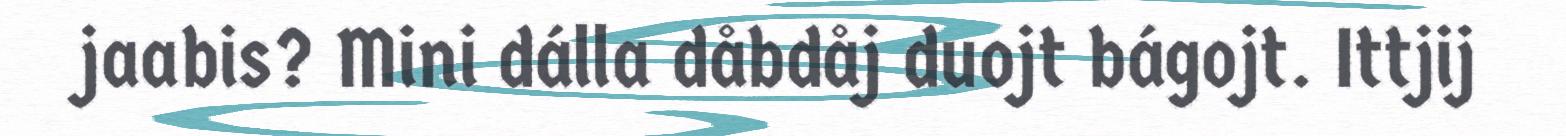
jaabis? Mini dálla dåbdåj duojt bágojt. Ittjij